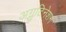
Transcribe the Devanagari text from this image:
अग्लुटिनेशन